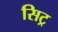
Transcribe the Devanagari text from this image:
सिट्र